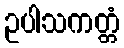
ဥပါသကတ္တံ